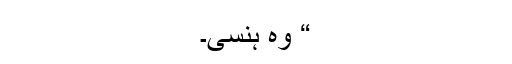
“ وہ ہنسی۔